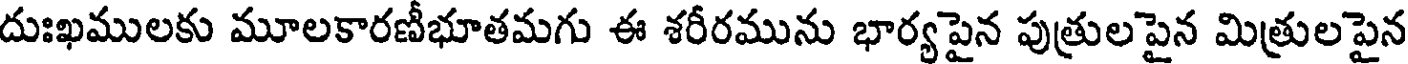
దుఃఖములకు మూలకారణీభూతమగు ఈ శరీరమును భార్యపైన పుత్రులపైన మిత్రులపైన